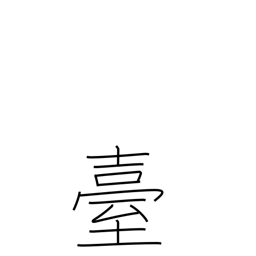
Meaning: stand